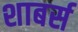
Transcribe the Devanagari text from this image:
शाबर्स